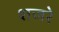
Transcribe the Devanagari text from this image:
शजरे